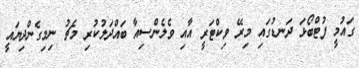
ގައުމީ ފުޓްބޯޅަ ދަނޑުގައި މިރޭ ވިކްޓަރީ އާއި ވެލެންސިއާ ބައްދަލުކުރި މެޗު ނިމިގެންދިޔައީ